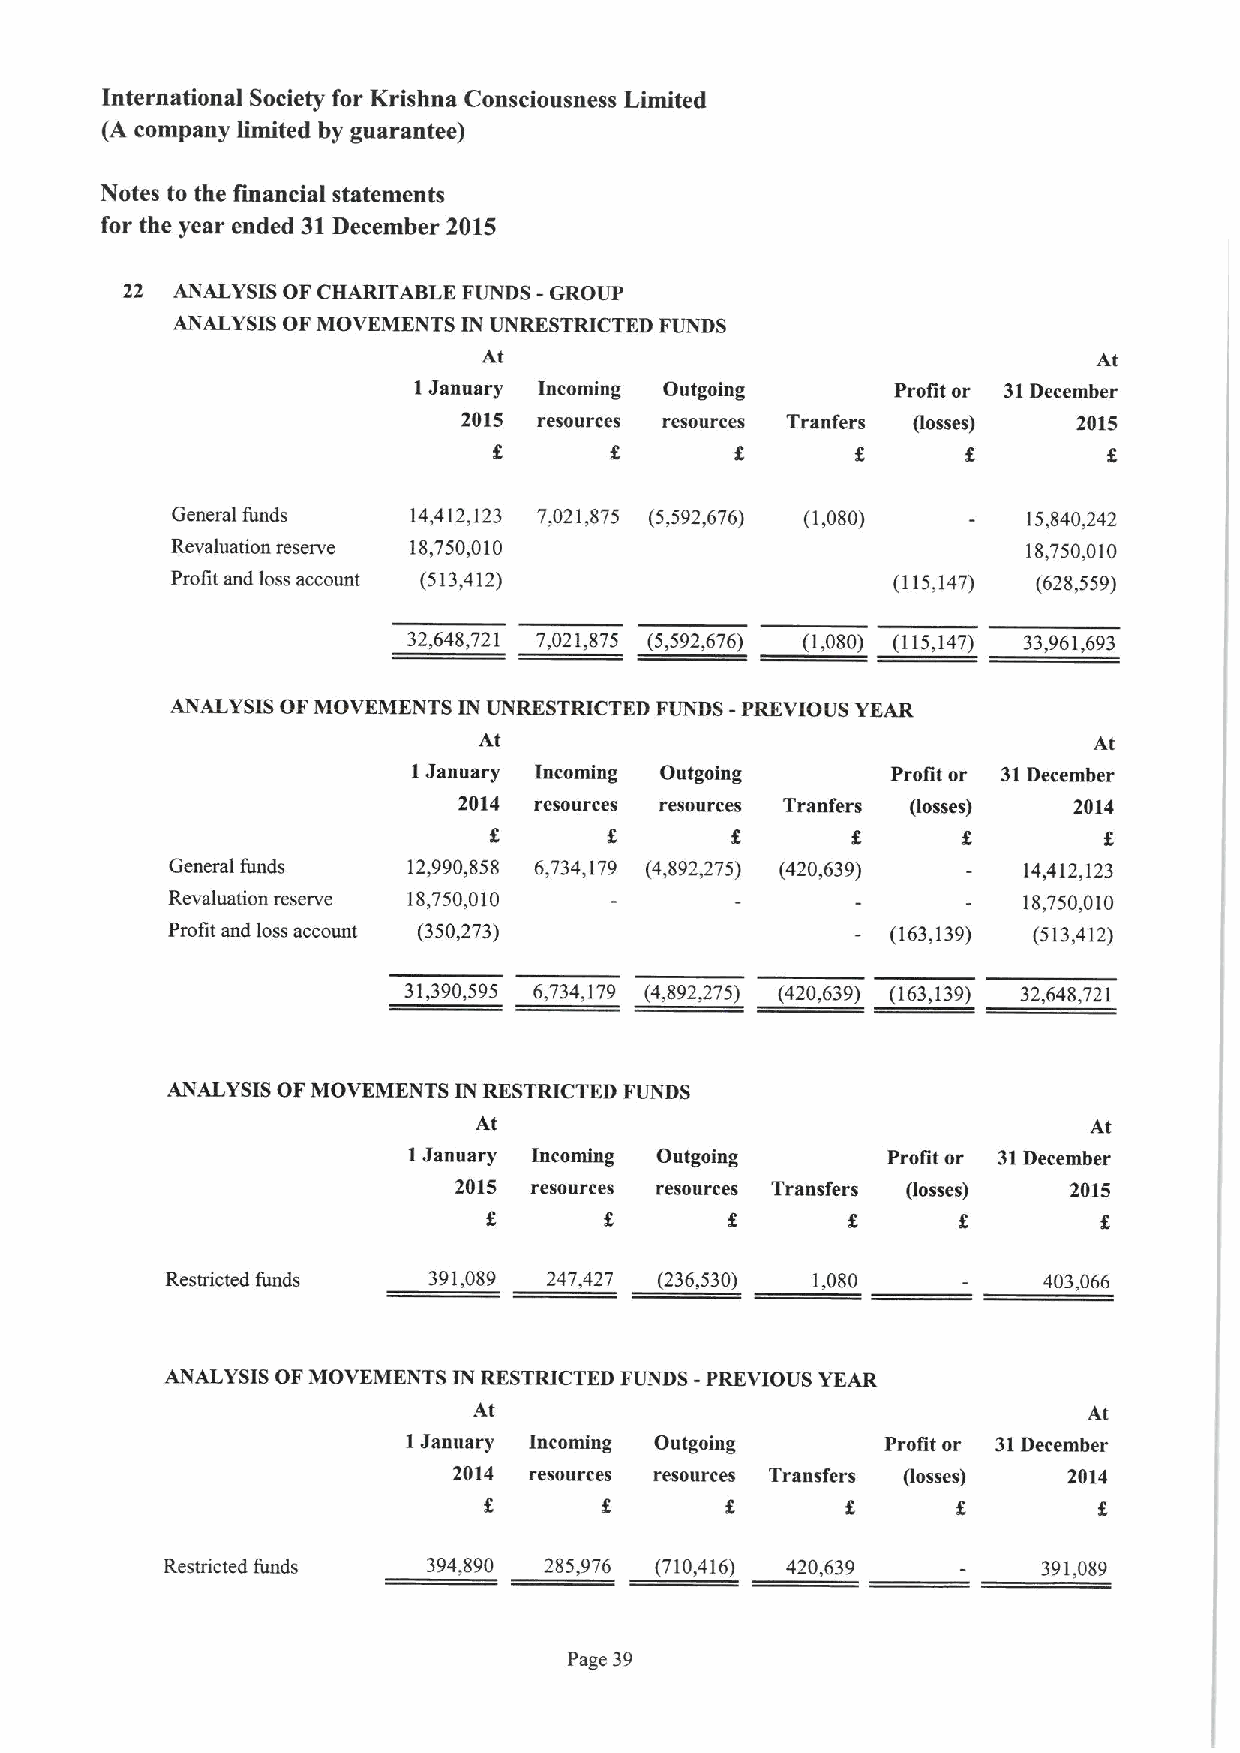
international Society for Krishna Consciousness Limited
 (A company limited by guarantee)
 Notes to the financial statements
 for the year ended 31December 2015
 22 ANALYSIS OF CHARITABLE FUNDS -GROUP
 ANALYSIS OF MOVEMENTS IN UNRESTRICTED FUNDS
 At                                       At
 1January Incoming Outgoing      Profit or 31December
 2015 resources resources Tranfers fiosses) 2015
 g                              g        g
 General funds   14,412,123 7,021,875 (5,592,676) (1,080) 15,840,242
 Revaluation reserve 18,750,010                           18,750,010
 Profit and loss account (513,412)               (115,147) (628,559)
 32,648,721 7,021,875 (5,592,676) (1,080) (115,147) 33,961,693
 ANALYSIS OFMOVEMENTS IN UNRESTRICTED FUNDS -PREVIOUS YEAR
 At                                      At
 IJanuary Incoming Outgoing      Profit or 31December
 2014 resources resources Tranfers (losses) 2014
 g
 General funds   12,990,858 6,734,179 (4,892,275) (420,639) 14,412,123
 Revaluation reserve 18,750,010                           18,750,010
 Profit and loss account (350,273)               (163,139) (513,412)
 31,390,595 6,734,179 (4,892,275) (420,639) (163,139) 32,648,721
 ANALYSIS OFMOVEMENTS IN RESTRICTED FUNDS
 At                                       At
 1January Incoming Outgoing      Profit or 31December
 2015 resources resources Transfers (losses) 2015
 g
 Restricted funds 391,089 247,427 (236,530) 1,080          403,066
 ANALYSIS OFMOVEMENTS IN RESTRICTED FUNDS -PREVIOUS YEAR
 At                                       At
 IJanuary Incoming Outgoing      Profit or 31December
 2014 resources resources Transfers (tosses) 2014
 Restricted funds 394,890 285,976 (710,416) 420,639        391,089
 Page 39